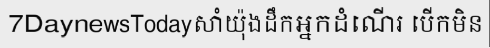
7DaynewsTodayសាំយ៉ុងដឹកអ្នកដំណើរ បើកមិន